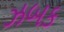
ઝબક